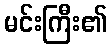
မင်းကြီး၏